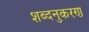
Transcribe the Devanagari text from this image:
शब्दनुकरण